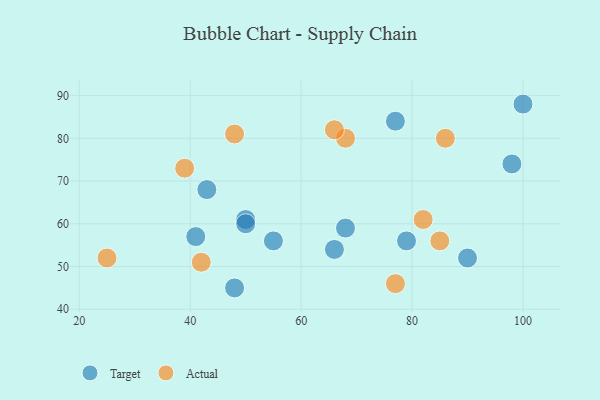
{"axis": {"x": "GDP", "y": "Life Expectancy"}, "legend": ["Actual", "Target"], "data": [{"x": "55", "y": 56, "type": "Target"}, {"x": "66", "y": 54, "type": "Target"}, {"x": "43", "y": 68, "type": "Target"}, {"x": "50", "y": 61, "type": "Target"}, {"x": "50", "y": 60, "type": "Target"}, {"x": "79", "y": 56, "type": "Target"}, {"x": "98", "y": 74, "type": "Target"}, {"x": "90", "y": 52, "type": "Target"}, {"x": "68", "y": 59, "type": "Target"}, {"x": "48", "y": 45, "type": "Target"}, {"x": "41", "y": 57, "type": "Target"}, {"x": "100", "y": 88, "type": "Target"}, {"x": "77", "y": 84, "type": "Target"}, {"x": "86", "y": 80, "type": "Actual"}, {"x": "39", "y": 73, "type": "Actual"}, {"x": "25", "y": 52, "type": "Actual"}, {"x": "68", "y": 80, "type": "Actual"}, {"x": "77", "y": 46, "type": "Actual"}, {"x": "48", "y": 81, "type": "Actual"}, {"x": "42", "y": 51, "type": "Actual"}, {"x": "66", "y": 82, "type": "Actual"}, {"x": "85", "y": 56, "type": "Actual"}, {"x": "82", "y": 61, "type": "Actual"}]}